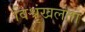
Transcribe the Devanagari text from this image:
विश्रृंखलता